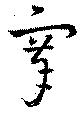
搴